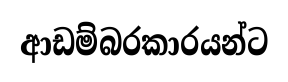
ආඩම්බරකාරයන්ට